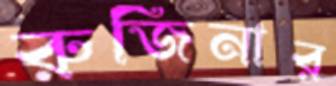
রুজিনার